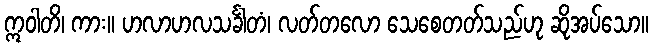
ဣဝါတိ၊ ကား။ ဟလာဟလသင်္ခါတံ၊ လတ်တလော သေစေတတ်သည်ဟု ဆိုအပ်သော။